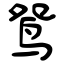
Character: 鸳